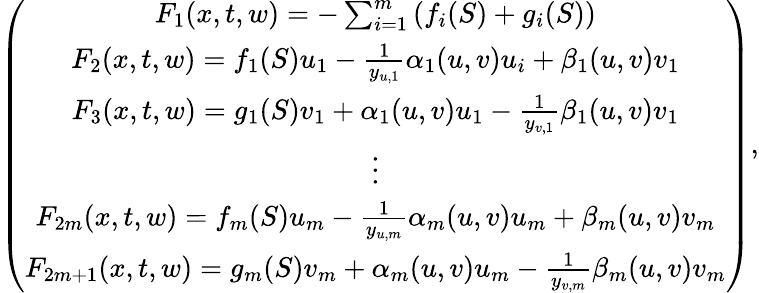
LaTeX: \left(\begin{array}{c}{F_{1}(x,t,w)=-\sum_{i=1}^{m}\left(f_{i}(S)+g_{i}(S)\right)}\\ {F_{2}(x,t,w)=f_{1}(S)u_{1}-\frac{1}{y_{u,1}}\alpha_{1}(u,v)u_{i}+\beta_{1}(u,v)v_{1}}\\ {F_{3}(x,t,w)=g_{1}(S)v_{1}+\alpha_{1}(u,v)u_{1}-\frac{1}{y_{v,1}}\beta_{1}(u,v)v_{1}}\\ {\vdots}\\ {F_{2m}(x,t,w)=f_{m}(S)u_{m}-\frac{1}{y_{u,m}}\alpha_{m}(u,v)u_{m}+\beta_{m}(u,v)v_{m}}\\ {F_{2m+1}(x,t,w)=g_{m}(S)v_{m}+\alpha_{m}(u,v)u_{m}-\frac{1}{y_{v,m}}\beta_{m}(u,v)v_{m}}\end{array}\right),